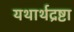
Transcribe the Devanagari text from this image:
यथार्थद्रष्टा